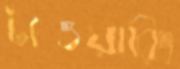
টাওয়ারিং